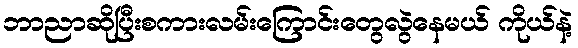
ဘာညာဆိုပြီးစကားလမ်းကြောင်းတွေလွဲနေမယ် ကိုယ်နဲ့